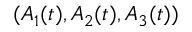
( A _ { 1 } ( t ) , A _ { 2 } ( t ) , A _ { 3 } ( t ) )